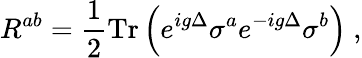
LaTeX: R^{ab}=\frac{1}{2}\mathrm{Tr}\left(e^{ig\Delta}\sigma^{a}e^{-ig\Delta}\sigma^{b}\right)\ ,